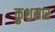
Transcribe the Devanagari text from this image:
कुशसार